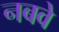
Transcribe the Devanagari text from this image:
नबवे